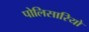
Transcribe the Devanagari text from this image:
पोलिसारियो